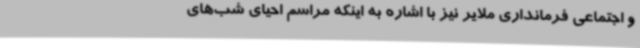
و اجتماعی فرمانداری ملایر نیز با اشاره به اینکه مراسم احیای شب‌های